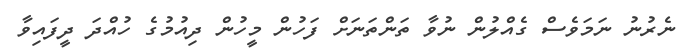
ނެރުނު ނަމަވެސް ގެއްލުން ނުވާ ތަންތަނަށް ފަހުން މީހުން ދިއުމުގެ ހުއްދަ ދީފައިވާ